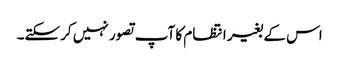
اس کے بغیر انتظام کا آپ تصور نہیں کرسکتے۔